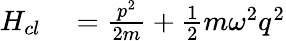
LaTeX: \begin{array}{rl}{H_{cl}}&{{}={\frac{p^{2}}{2m}}+{\frac{1}{2}}m\omega^{2}{q}^{2}}\end{array}